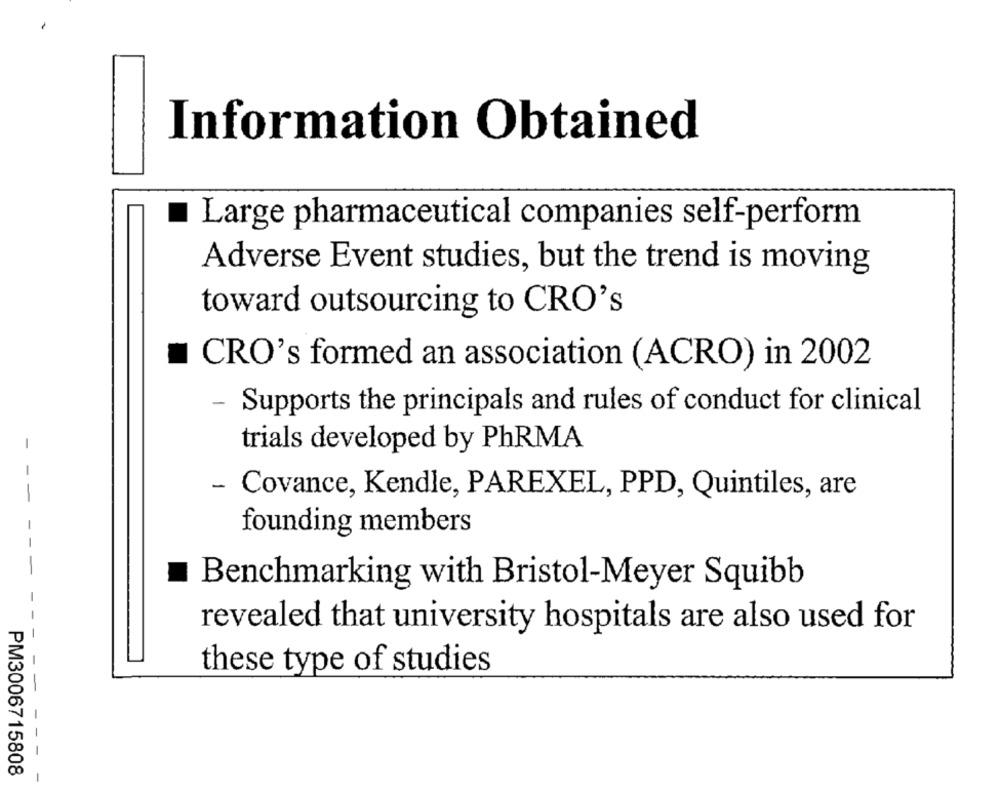
Information Obtained
Large pharmaceutical companies self-perform
Adverse Event studies, but the trend is moving
toward outsourcing to CRO's
CRO's formed an association (ACRO) in 2002
- Supports the principals and rules of conduct for clinical
trials developed by PhRMA
- Covance, Kendle, PAREXEL, PPD, Quintiles, are
founding members
Benchmarking with Bristol-Meyer Squibb
revealed that university hospitals are also used for
these type of studies
- - -
PM3006715808